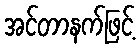
အင်တာနက်ဖြင့်